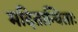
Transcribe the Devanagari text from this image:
मदितान्विताः